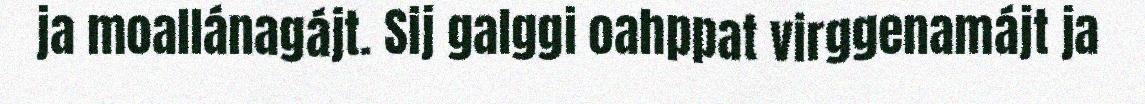
ja moallánagájt. Sij galggi oahppat virggenamájt ja